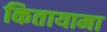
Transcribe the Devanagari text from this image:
कितायामा